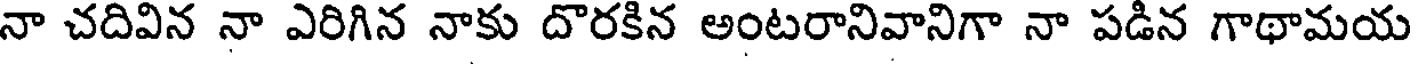
నా చదివిన నా ఎరిగిన నాకు దొరకిన అంటరానివానిగా నా పడిన గాథామయ